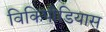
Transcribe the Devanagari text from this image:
विकिपीडियास